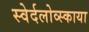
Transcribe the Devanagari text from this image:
स्वेर्दलोव्स्काया